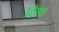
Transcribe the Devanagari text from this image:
दिसां